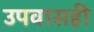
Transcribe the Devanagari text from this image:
उपवासही